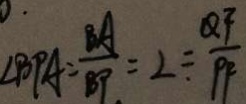
\angle B P A = \frac { B A } { B P } = 2 = \frac { Q F } { P F }